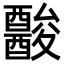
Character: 𨣪